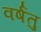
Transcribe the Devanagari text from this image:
वर्षतु